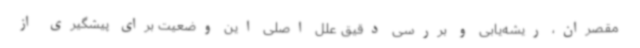
مقصران، ریشه‌یابی و بررسی دقیق علل اصلی این وضعیت برای پیشگیری از